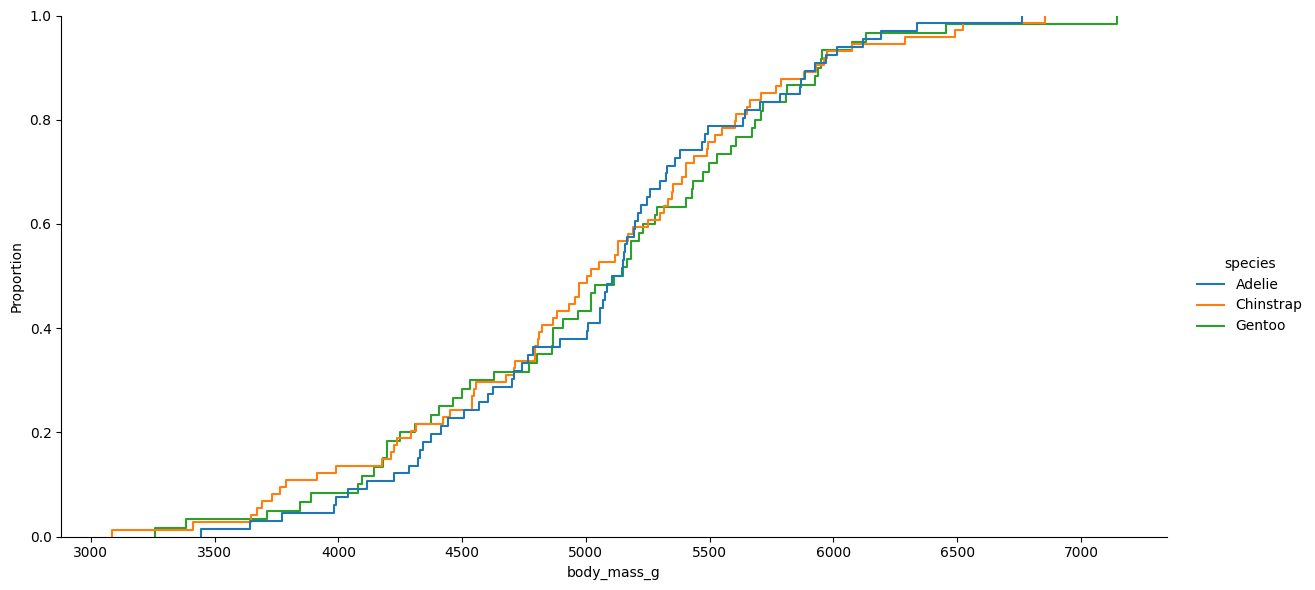
python, seaborn, displot, kind='ecdf', column='body_mass_g', hue='species', height=6, aspect=2.0